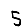
Digit: 5